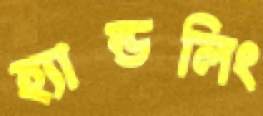
হ্যান্ডলিং